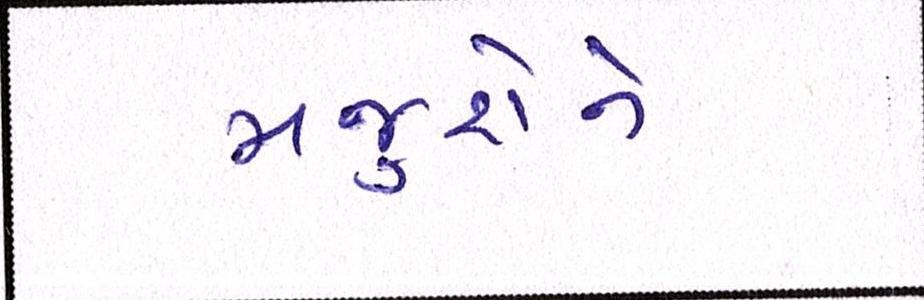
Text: મજુરોને